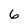
Character: 6